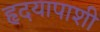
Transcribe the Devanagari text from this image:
हृदयापाशी